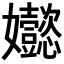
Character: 𡤵